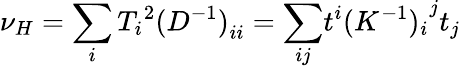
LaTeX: \nu_{H}=\sum_{i}{T_{i}}^{2}{(D^{-1})}_{ii}={\sum_{ij}}t^{i}{(K^{-1})_{i}}^{j}t_{j}